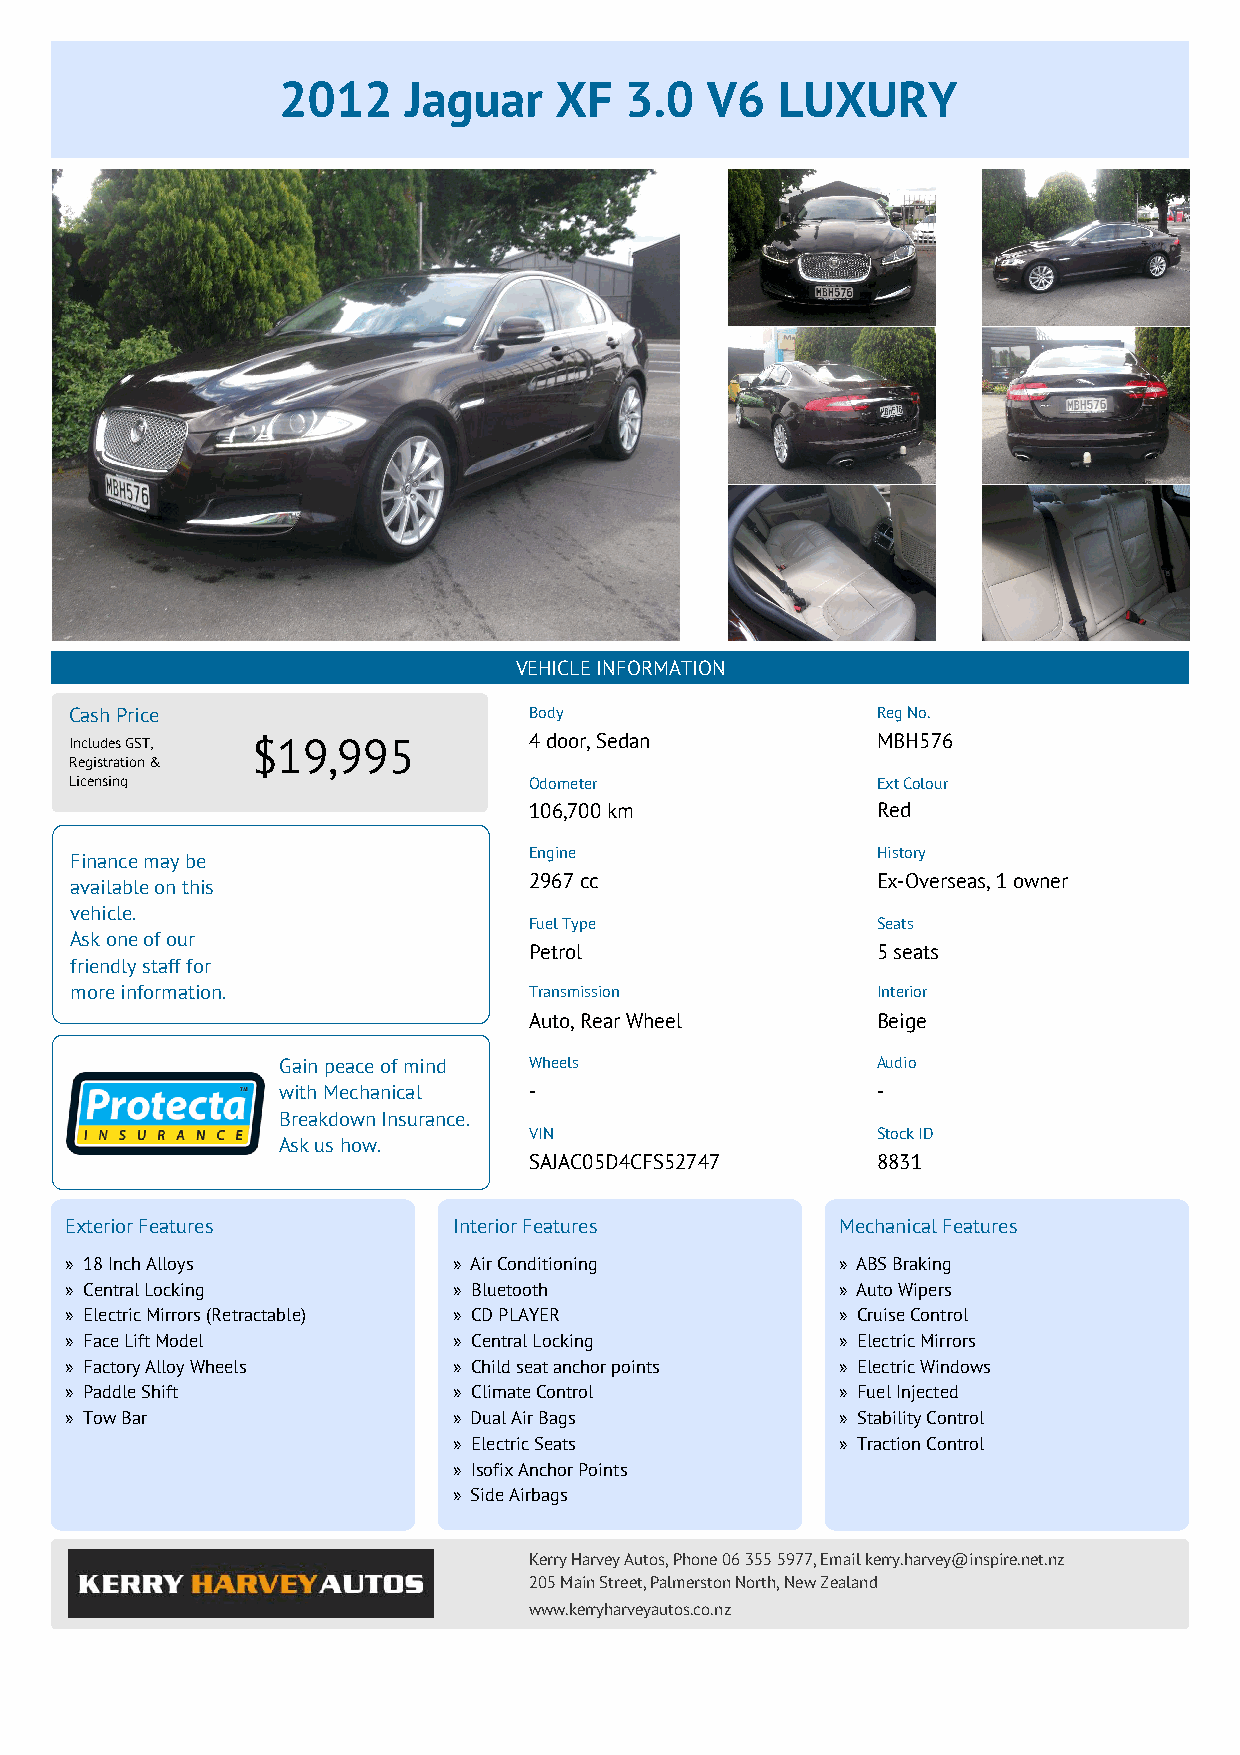
2012     Jaguar    XF  3.0   V6  LUXURY
 VEHICLE INFORMATION
 Cash Price                    Body                   Reg No.
 Includes GST, $19,995         4 door, Sedan          MBH576
 Registration &
 Licensing                     Odometer               Ext Colour
 106,700 km             Red
 Engine                 History
 Finance may be
 available on this             2967 cc                Ex-Overseas, 1 owner
 vehicle.
 Fuel Type              Seats
 Ask one of our
 Petrol                 5 seats
 friendly staff for
 more information.             Transmission           Interior
 Auto, Rear Wheel       Beige
 Gain peace of mind Wheels               Audio
 with Mechanical  -                      -
 Breakdown Insurance.
 VIN                    Stock ID
 Ask us how.
 SAJAC05D4CFS52747      8831
 Exterior Features         Interior Features         Mechanical Features
 » 18 Inch Alloys          » Air Conditioning        » ABS Braking
 » Central Locking         » Bluetooth               » Auto Wipers
 » Electric Mirrors (Retractable) » CD PLAYER        » Cruise Control
 » Face Lift Model         » Central Locking         » Electric Mirrors
 » Factory Alloy Wheels    » Child seat anchor points » Electric Windows
 » Paddle Shift            » Climate Control         » Fuel Injected
 » Tow Bar                 » Dual Air Bags           » Stability Control
 » Electric Seats          » Traction Control
 » Isofix Anchor Points
 » Side Airbags
 Kerry Harvey Autos, Phone 06 355 5977, Email kerry.harvey@inspire.net.nz
 205 Main Street, Palmerston North, New Zealand
 www.kerryharveyautos.co.nz